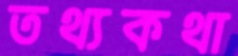
তথ্যকথা